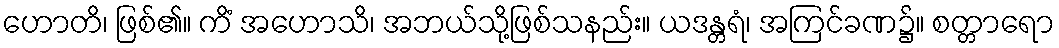
ဟောတိ၊ ဖြစ်၏။ ကိံ အဟောသိ၊ အဘယ်သို့ဖြစ်သနည်း။ ယဒန္တရံ၊ အကြင်ခဏ၌။ စတ္တာရော